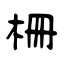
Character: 栅